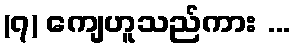
(၇) ကျေဟူသည်ကား ...